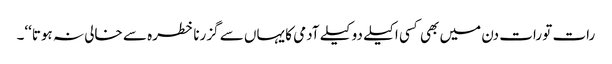
رات تو رات دن میں بھی کسی اکیلے دو کیلے آدمی کا یہاں سے گزرنا خطرہ سے خالی نہ ہوتا‘‘۔